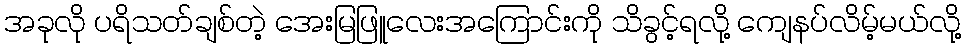
အခုလို ပရိသတ်ချစ်တဲ့ အေးမြဖြူလေးအကြောင်းကို သိခွင့်ရလို့ ကျေနပ်လိမ့်မယ်လို့